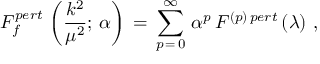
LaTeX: F _ { f } ^ { p e r t } \, \left( \frac { k ^ { 2 } } { \mu ^ { 2 } } ; \, \alpha \right) \, = \, \sum _ { p \, = \, 0 } ^ { \infty } \, \alpha ^ { p } \, F ^ { ( p ) \, p e r t } \, ( \lambda ) \, \, ,